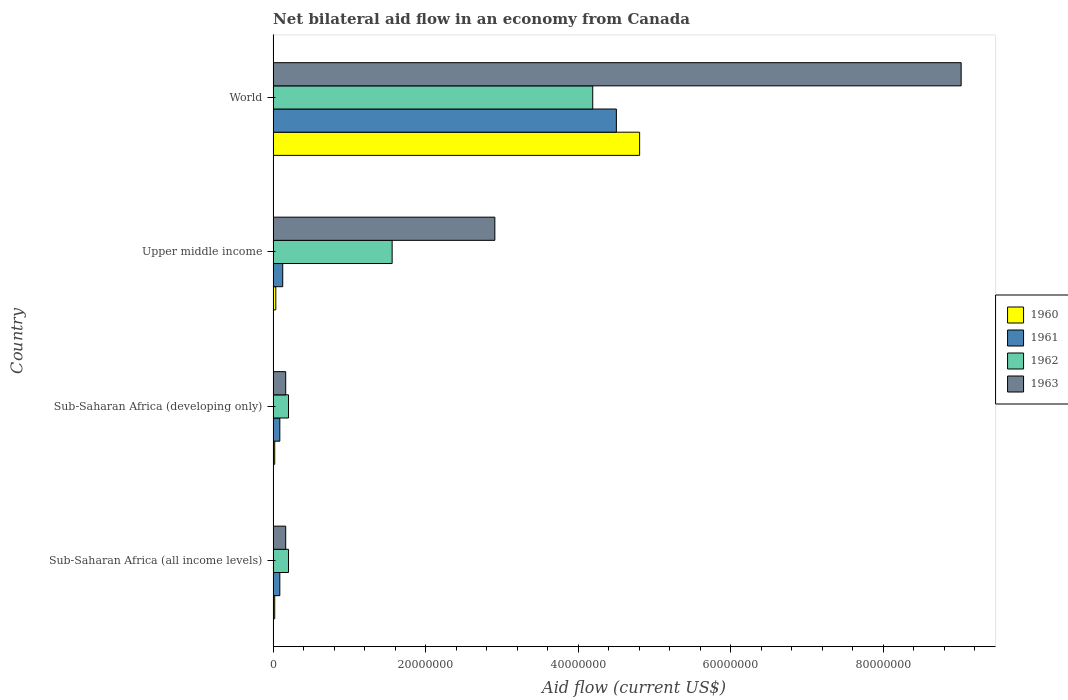
| Country | 1960 | 1961 | 1962 | 1963 |
 | --- | --- | --- | --- | --- |
 | Sub-Saharan Africa (all income levels) | 2.1e+05 | 8.8e+05 | 2.02e+06 | 1.65e+06 |
 | Sub-Saharan Africa (developing only) | 2.1e+05 | 8.8e+05 | 2.02e+06 | 1.65e+06 |
 | Upper middle income | 3.5e+05 | 1.26e+06 | 1.56e+07 | 2.91e+07 |
 | World | 4.81e+07 | 4.5e+07 | 4.19e+07 | 9.02e+07 |